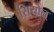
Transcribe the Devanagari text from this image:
सियोल्